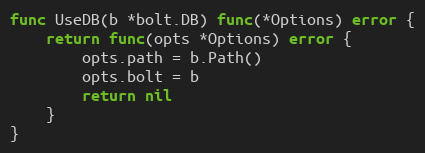
Language: Go
func UseDB(b *bolt.DB) func(*Options) error {
	return func(opts *Options) error {
		opts.path = b.Path()
		opts.bolt = b
		return nil
	}
}